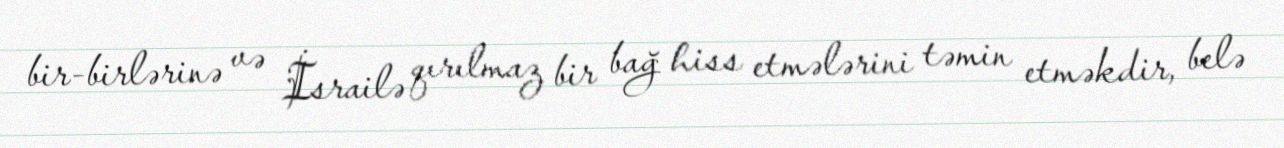
bir-birlərinə və İsrailə qırılmaz bir bağ hiss etmələrini təmin etməkdir, belə